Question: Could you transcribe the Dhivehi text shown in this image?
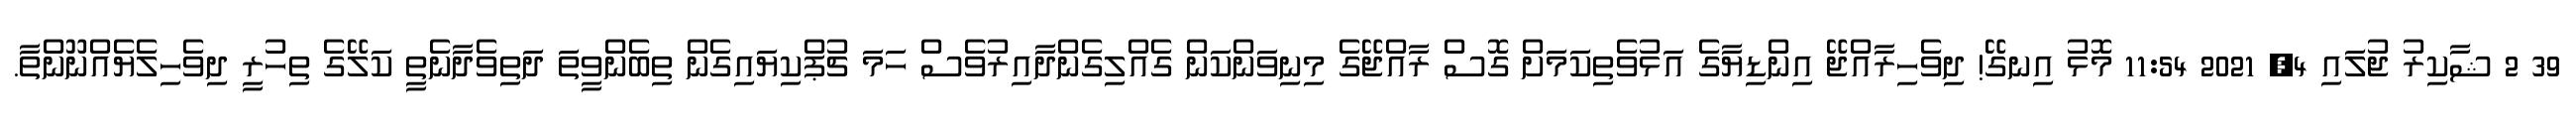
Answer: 39 2 ޝާކިރު ޖުލައި 4, 2021 11:54 މޮޅު އިނގޭ! ދިވެހިރާއްޖޭ އިންޑިޔާގެ އަޅުވެތިކަމަށް ގޮސް ރާއްޖޭގެ މިނިވަންކަން ގެއްލިގެންދާއިރުވެސް ހަމަ ޗުޕްކިޔައިގެން ތިބެންވީތަ ދަތިވެދާނެތީ ކަލޭގެ ތިހުރީ ދިވެހިލެޔެއްނޫންތާ.